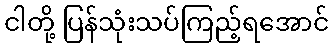
ငါတို့ ပြန်သုံးသပ်ကြည့်ရအောင်